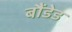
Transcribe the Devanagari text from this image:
बौंडेड